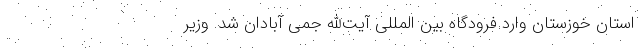
استان خوزستان وارد فرودگاه بین المللی آیت‌الله جمی آبادان شد. وزیر